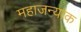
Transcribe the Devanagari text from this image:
महाजन्याक